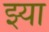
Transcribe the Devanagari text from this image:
झ्या